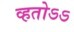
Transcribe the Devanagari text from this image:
व्हतोऽऽ